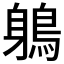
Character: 鵢